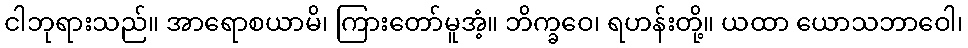
ငါဘုရားသည်။ အာရောစယာမိ၊ ကြားတော်မူအံ့။ ဘိက္ခဝေ၊ ရဟန်းတို့။ ယထာ ယောသဘာဝေါ၊